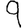
Digit: 9